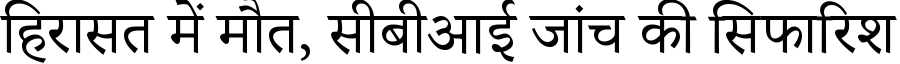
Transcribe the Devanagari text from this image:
हिरासत में मौत, सीबीआई जांच की सिफारिश